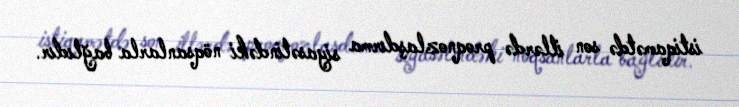
istiqamətdə son illərdə proqnozlaşdırma siyasətindəki nöqsanlarla bağlıdır.